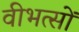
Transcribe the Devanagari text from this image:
वीभत्सों